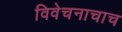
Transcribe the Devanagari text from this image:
विवेचनाचाच